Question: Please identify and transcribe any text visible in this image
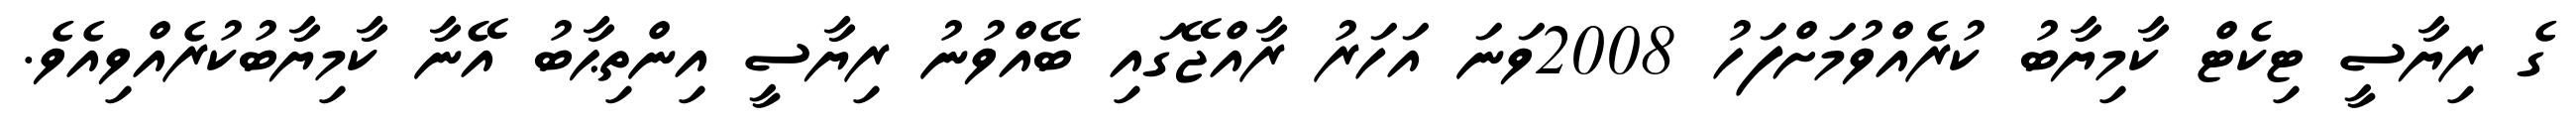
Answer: ގެ ރިޔާސީ ޓިކެޓް ކާމިޔާބު ކުރެއްވުމަށްފަހު 2008ވަނަ އަހަރު ރާއްޖޭގައި ބޭއްވުނު ރިޔާސީ އިންތިޙާބު އޭނާ ކާމިޔާބުކުރެއްވިއެވެ.